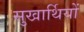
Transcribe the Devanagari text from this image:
सुखार्थियों